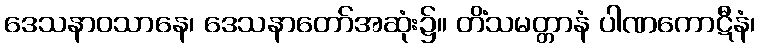
ဒေသနာဝသာနေ၊ ဒေသနာတော်အဆုံး၌။ တိံသမတ္တာနံ ပါဏကောဋီနံ၊